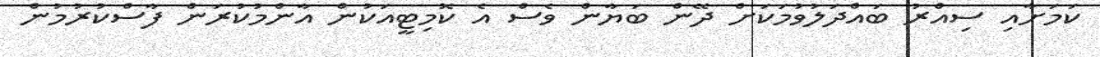
ކަމަށާއި ސިއްރު ބައްދަލުވުމަކަށް ދޭން ބަޔާން ވެސް އެ ކޮމިޓީއަކުން އާންމުކުރަން ފާސްކުރުމުން